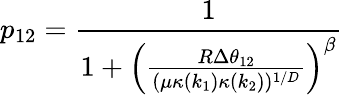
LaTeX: p_{12}=\frac{1}{1+\left(\frac{R\Delta\theta_{12}}{(\mu\kappa(k_{1})\kappa(k_{2}))^{1/D}}\right)^{\beta}}